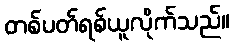
တစ်ပတ်ရစ်ယူလိုက်သည်။